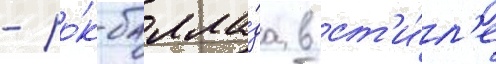
- ро́к-балла́да в ст'и́л'е